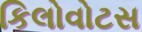
કિલોવોટસ